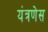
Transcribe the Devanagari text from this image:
यंत्रणेस